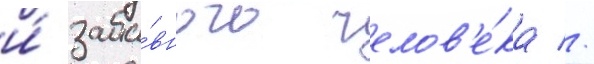
и́ заба́вного челов'е́ка //